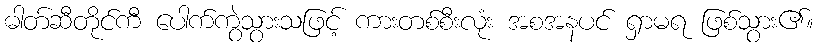
ဓါတ်ဆီတိုင်ကီ ပေါက်ကွဲသွားသဖြင့် ကားတစ်စီးလုံး အစအနပင် ရှာမရ ဖြစ်သွား၏။